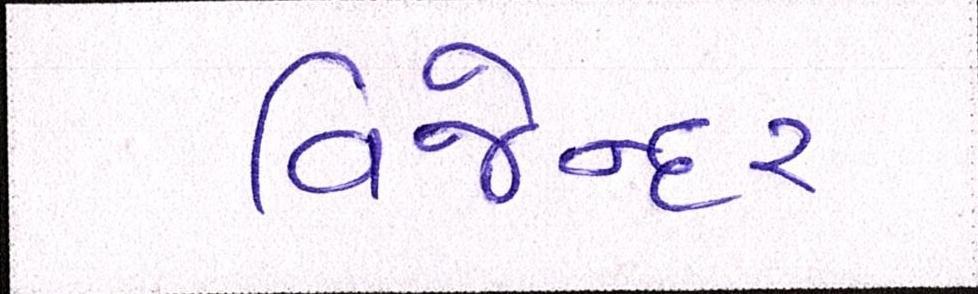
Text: વિજેન્દર